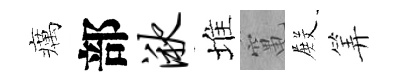
癘部湫堆𥧄𭮺筭